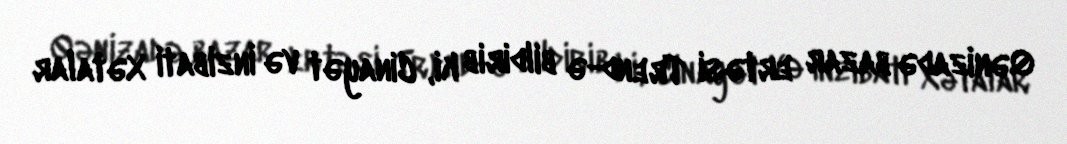
Qənizadə bazar ertəsi Trend-ə bildirib ki, Cinayət və İnzibati Xətalar